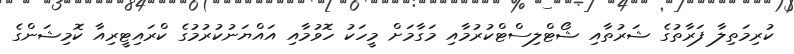
ކުރިމަތިލާ ފަރާތުގެ ޝަރުތާއި ޝޯޓްލިސްޓްކުރުމާއި މަގާމަށް މީހަކު ހޮވުމާއި އައްޔަނުކުރުމުގެ ކްރައިޓީރިއާ ކޮމިޝަންގެ